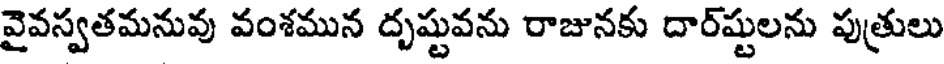
వైవస్వతమనువు వంశమున దృష్టువను రాజునకు దార్ష్టులను పుత్రులు